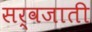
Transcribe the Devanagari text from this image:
सर्वजाती